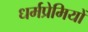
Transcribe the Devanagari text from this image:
धर्मप्रेमियों